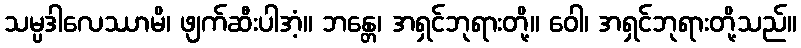
သမ္ပဒါလေဿာမိ၊ ဖျက်ဆီးပါအံ့။ ဘန္တေ၊ အရှင်ဘုရားတို့။ ဝေါ၊ အရှင်ဘုရားတို့သည်။